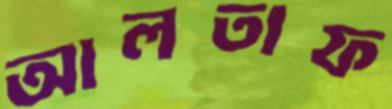
আলতাফ